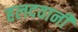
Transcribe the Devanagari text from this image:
हलदवानी